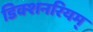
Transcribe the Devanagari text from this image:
डिक्शनरियम्